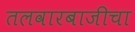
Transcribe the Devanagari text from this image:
तलवारबाजीचा